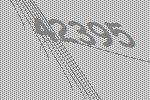
42395